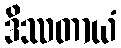
ဒိဿတာယံ